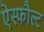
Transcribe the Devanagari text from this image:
ऐस्फौल्ट